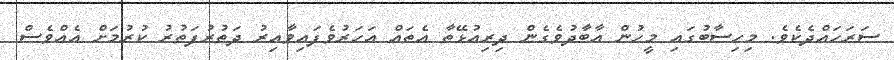
ސަރަހައްދެކެވެ. މިހިސާބުގައި މީހުން އާބާދުވެގެން ދިރިއުޅޭތާ އެތައް އަހަރުވެފައިވާއިރު ދަތުރުފަތުރު ކުރުމަށް އެއްވެސް